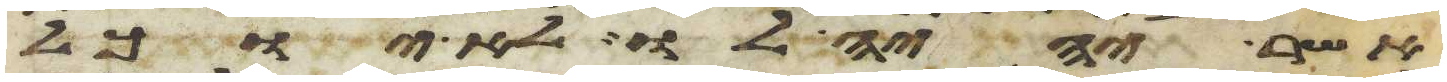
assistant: אשר יהיה לו לא יוכל